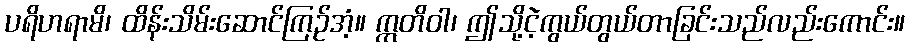
ပရိဟရာမိ၊ ထိန်းသိမ်းဆောင်ကြဉ်အံ့။ ဣတိဝါ၊ ဤသို့ငဲ့ကွယ်တွယ်တာခြင်းသည်လည်းကောင်း။